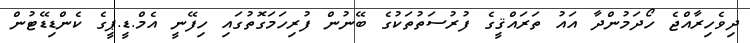
ދިވެހިރާއްޖެ ހޯދަމުންދާ އައު ތަރައްޤީގެ ފުރުސަތުތަކުގެ ބޭނުން ފުރިހަމަގޮތުގައި ހިފޭނީ އެމް.ޑީ.ޕީގެ ކެންޑިޑޭޓުން